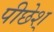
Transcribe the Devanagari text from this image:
पीछेश्